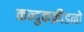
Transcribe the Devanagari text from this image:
कन्दुकक्रीडनो